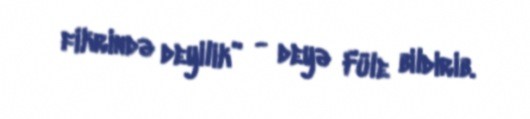
fikrində deyilik” - deyə Füle bildirib.